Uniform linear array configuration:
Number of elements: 24
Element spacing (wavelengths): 1
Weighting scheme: exponential
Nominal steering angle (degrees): -60
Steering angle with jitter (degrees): -60.363
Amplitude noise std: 0.05
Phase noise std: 0.05

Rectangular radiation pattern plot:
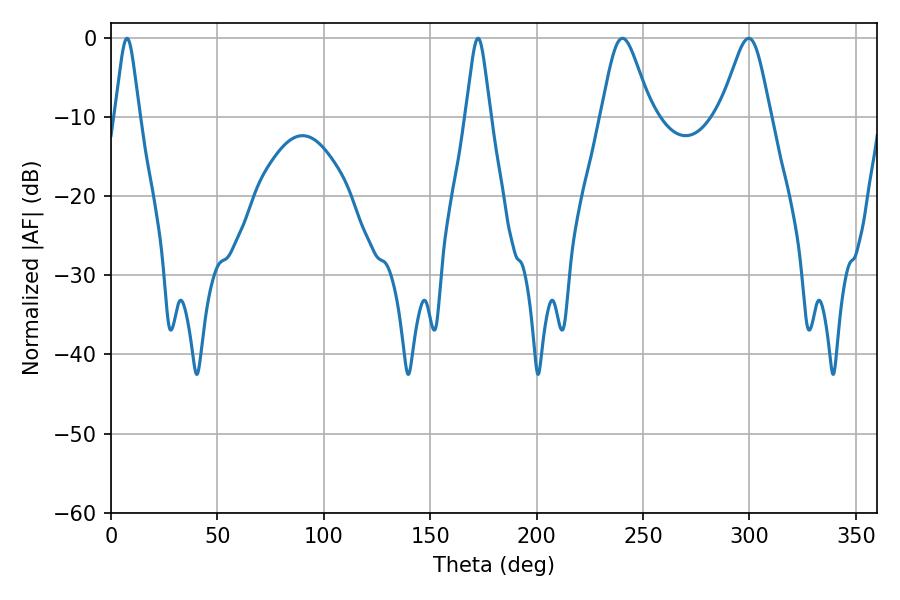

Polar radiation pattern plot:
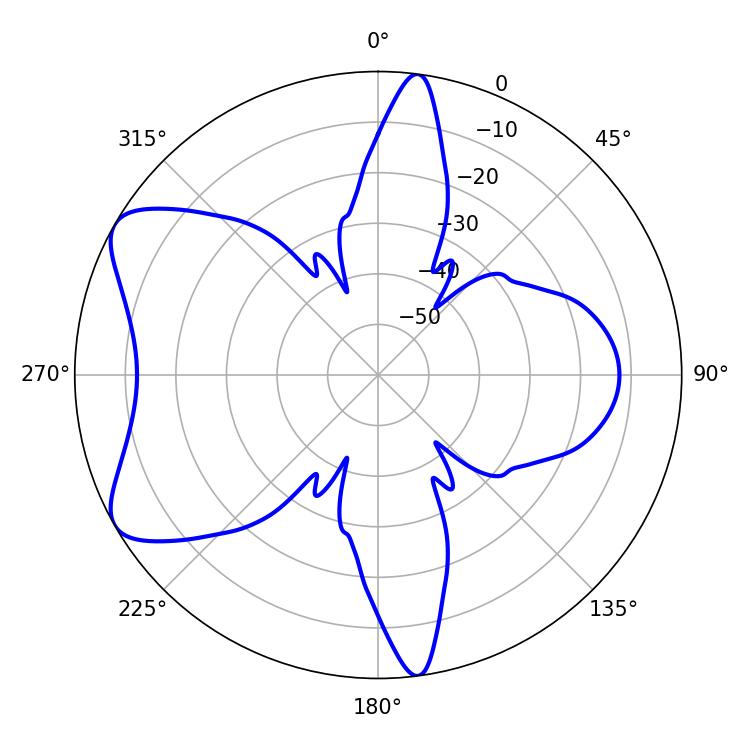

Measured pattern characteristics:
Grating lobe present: TRUE
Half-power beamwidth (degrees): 11.52
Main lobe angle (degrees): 240.3